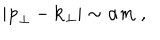
| { \bf p } _ { \perp } - { \bf k } _ { \perp } | \sim \alpha m \; ,